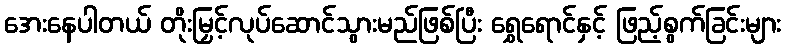
အေးနေပါတယ် တိုးမြှင့်လုပ်ဆောင်သွားမည်ဖြစ်ပြီး ရွှေရောင်နှင့် ဖြည့်စွက်ခြင်းများ